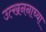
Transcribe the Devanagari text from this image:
उत्खननाच्या